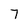
Character: 7